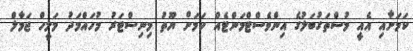
ކަމަށާއި އެއީ މުސްތަގުބަލުގެ އިންވެސްޓްމަންޓެއް ކަމަށް ޔޫތު މިނިސްޓަރު މުހައްމަދު މަލީހް ޖަމާލް